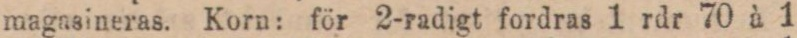
magasineras. Korn: för 2-radigt fordras 1 rdr 70 à 1